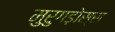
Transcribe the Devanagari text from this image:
मुरुगड़ोस्स